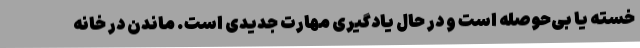
خسته یا بی‌حوصله است و در حال یادگیری مهارت جدیدی است. ماندن در خانه